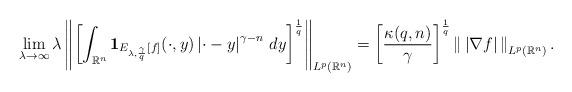
LaTeX: \begin{align*}\lim_{\lambda\to\infty}\lambda\left\|\left[\int_{\mathbb{R}^n}\mathbf{1}_{E_{\lambda,\frac{\gamma}{q}}[f]}(\cdot,y)\left|\cdot-y\right|^{\gamma-n}\,dy\right]^\frac{1}{q}\right\|_{L^p(\mathbb{R}^n)}=\left[\frac{\kappa(q,n)}{\gamma}\right]^\frac{1}{q}\left\|\,\left|\nabla f\right|\,\right\|_{L^p(\mathbb{R}^n)}.\end{align*}